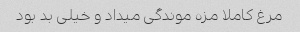
مرغ کاملا مزه موندگی میداد و خیلی بد بود